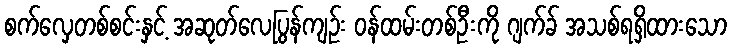
စက်လှေတစ်စင်းနှင့် အဆုတ်လေပြွန်ကျဉ်း ဝန်ထမ်းတစ်ဦးကို ဂျက်ခ် အသစ်ရရှိထားသော